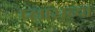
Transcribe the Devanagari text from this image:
प्लासच्या